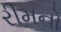
રીમનો